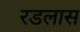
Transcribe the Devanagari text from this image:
रडलास